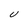
Character: U